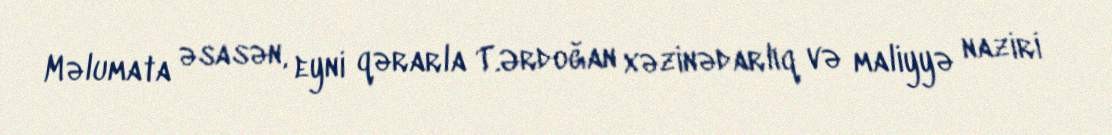
Məlumata əsasən, eyni qərarla T.Ərdoğan xəzinədarlıq və maliyyə naziri